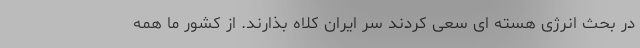
در بحث انرژی هسته ای سعی کردند سر ایران کلاه بذارند. از کشور ما همه